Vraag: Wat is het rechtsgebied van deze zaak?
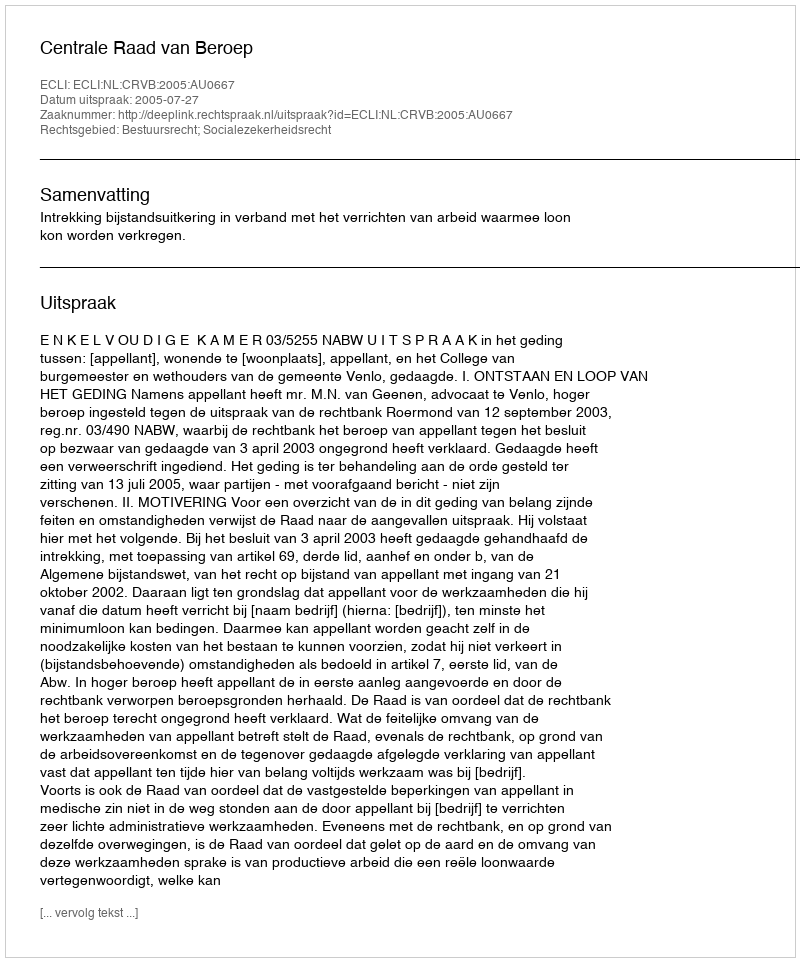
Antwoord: Bestuursrecht; Socialezekerheidsrecht